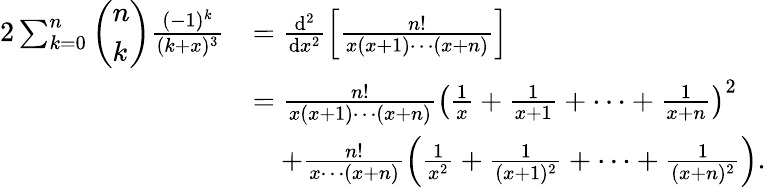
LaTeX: \begin{array}{rl}{2\sum_{k=0}^{n}\left(\begin{array}{l}{n}\\ {k}\end{array}\right)\frac{(-1)^{k}}{(k+x)^{3}}}&{=\frac{\mathrm{d}^{2}}{\mathrm{d}x^{2}}\left[\frac{n!}{x(x+1)\cdots(x+n)}\right]}\\ &{=\frac{n!}{x(x+1)\cdots(x+n)}\left(\frac{1}{x}+\frac{1}{x+1}+\cdots+\frac{1}{x+n}\right)^{2}}\\ &{\quad+\frac{n!}{x\cdots(x+n)}\left(\frac{1}{x^{2}}+\frac{1}{(x+1)^{2}}+\cdots+\frac{1}{(x+n)^{2}}\right).}\end{array}